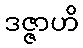
ဒဇ္ဇာဟိ